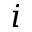
i